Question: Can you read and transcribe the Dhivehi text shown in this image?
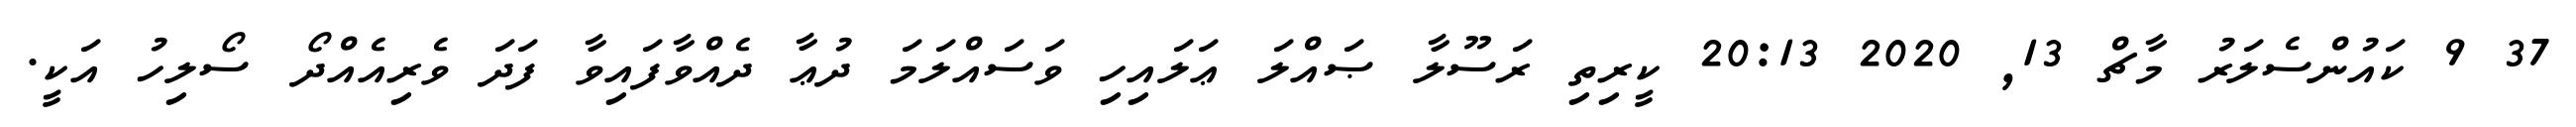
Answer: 37 9 ކައުންސެލަރު މާޗް 13, 2020 20:13 ކީރިތި ރަސޫލާ ޞައްލަ ޢަލައިހި ވަސައްލަމަ ދުޢާ ދެއްވާފައިވާ ފަދަ ވެރިއެއްދޯ ސޯލިހު އަކީ.